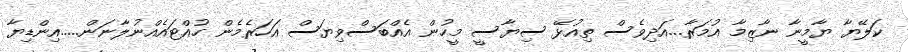
ކަލޭޔާ ޔާމީނާ ނާޒިމާ އުމަރާ...އަދިވެސް ތިއުޅޭ ސިޔާސީ މީހުން އެއްބަސްވިޔަސް އަހަރެމެން ހުއްޓައެއްނުލާނަން.....އިންޑިޔާ